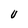
Character: U